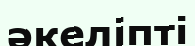
әкеліпті